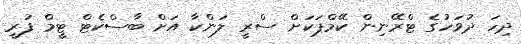
ދިހަ ދުވަހުގެ ޓްރޭނިން ކޭމްޕަކަށް ސްރީ ލަންކާ އަށް ބާސްކެޓް ޓީމް ފުރީ